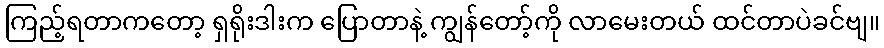
ကြည့်ရတာကတော့ ရှရိုးဒါးက ပြောတာနဲ့ ကျွန်တော့်ကို လာမေးတယ် ထင်တာပဲခင်ဗျ။